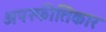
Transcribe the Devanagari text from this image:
अपस्फीतिकार